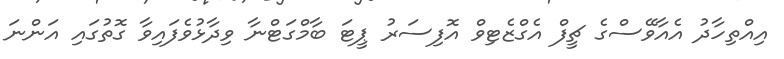
އިއްތިހާދު އެއާވޭސްގެ ޗީފް އެގްޒެޓިވް އޮފިސަރު ޕީޓަ ބާމްގަޓްނާ ވިދާޅުވެފައިވާ ގޮތުގައި އަންނަ